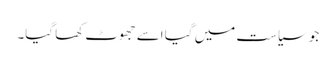
جو سیاست میں گیا اسے جھوٹ کھا گیا۔